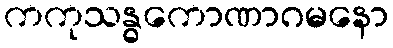
ကကုသန္ဓကောဏာဂမနော